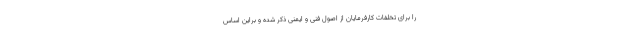
را برای تخلفات کارفرمایان از اصول فنی و ایمنی ذکر شده و براین اساس